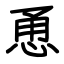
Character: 恿